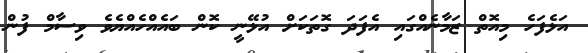
އަޅެފަހެ މިއޮތް ޒަމާނެއްގައި އެފަދަ ގޮތަކަށް އުޅޭނީ ކޮން ބައެއްހެއްޔެވެ ވިސާމް ފުން